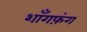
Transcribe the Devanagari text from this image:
शाँगफ़ंग